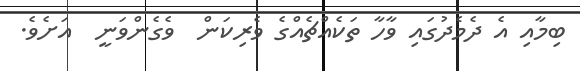
ބިމާއި އެ ދެމެދުގައި ވާހާ ތަކެއްޗެއްގެ ވެރިކަން  ވެގެންވަނީ  އަށެވެ.